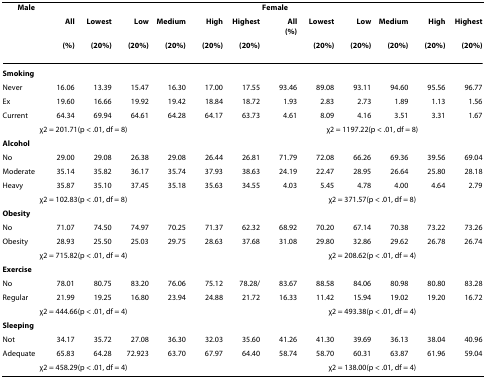
<table><thead><tr><td colspan="7"><b> Male</b></td><td colspan="6"><b>Female</b></td></tr><tr><td></td><td><b>All</b></td><td><b>Lowest</b></td><td><b>Low</b></td><td><b>Medium</b></td><td><b>High</b></td><td><b>Highest</b></td><td><b>All(%)</b></td><td><b>Lowest</b></td><td><b>Low</b></td><td><b>Medium</b></td><td><b>High</b></td><td><b>Highest</b></td></tr><tr><td></td><td><b>(%)</b></td><td><b>(20%)</b></td><td><b>(20%)</b></td><td><b>(20%)</b></td><td><b>(20%)</b></td><td><b>(20%)</b></td><td></td><td><b>(20%)</b></td><td><b>(20%)</b></td><td><b>(20%)</b></td><td><b>(20%)</b></td><td><b>(20%)</b></td></tr></thead><tbody><tr><td><b>Smoking</b></td><td></td><td></td><td></td><td></td><td></td><td></td><td></td><td></td><td></td><td></td><td></td><td></td></tr><tr><td>Never</td><td>16.06</td><td>13.39</td><td>15.47</td><td>16.30</td><td>17.00</td><td>17.55</td><td>93.46</td><td>89.08</td><td>93.11</td><td>94.60</td><td>95.56</td><td>96.77</td></tr><tr><td>Ex</td><td>19.60</td><td>16.66</td><td>19.92</td><td>19.42</td><td>18.84</td><td>18.72</td><td>1.93</td><td>2.83</td><td>2.73</td><td>1.89</td><td>1.13</td><td>1.56</td></tr><tr><td>Current</td><td>64.34</td><td>69.94</td><td>64.61</td><td>64.28</td><td>64.17</td><td>63.73</td><td>4.61</td><td>8.09</td><td>4.16</td><td>3.51</td><td>3.31</td><td>1.67</td></tr><tr><td></td><td colspan="6">χ2 = 201.71(p &lt; .01, df = 8)</td><td colspan="6">χ2 = 1197.22(p &lt; .01, df = 8)</td></tr><tr><td><b>Alcohol</b></td><td></td><td></td><td></td><td></td><td></td><td></td><td></td><td></td><td></td><td></td><td></td><td></td></tr><tr><td>No</td><td>29.00</td><td>29.08</td><td>26.38</td><td>29.08</td><td>26.44</td><td>26.81</td><td>71.79</td><td>72.08</td><td>66.26</td><td>69.36</td><td>39.56</td><td>69.04</td></tr><tr><td>Moderate</td><td>35.14</td><td>35.82</td><td>36.17</td><td>35.74</td><td>37.93</td><td>38.63</td><td>24.19</td><td>22.47</td><td>28.95</td><td>26.64</td><td>25.80</td><td>28.18</td></tr><tr><td>Heavy</td><td>35.87</td><td>35.10</td><td>37.45</td><td>35.18</td><td>35.63</td><td>34.55</td><td>4.03</td><td>5.45</td><td>4.78</td><td>4.00</td><td>4.64</td><td>2.79</td></tr><tr><td></td><td colspan="6">χ2 = 102.83(p &lt; .01, df = 8)</td><td colspan="6">χ2 = 371.57(p &lt; .01, df = 8)</td></tr><tr><td><b>Obesity</b></td><td></td><td></td><td></td><td></td><td></td><td></td><td></td><td></td><td></td><td></td><td></td><td></td></tr><tr><td>No</td><td>71.07</td><td>74.50</td><td>74.97</td><td>70.25</td><td>71.37</td><td>62.32</td><td>68.92</td><td>70.20</td><td>67.14</td><td>70.38</td><td>73.22</td><td>73.26</td></tr><tr><td>Obesity</td><td>28.93</td><td>25.50</td><td>25.03</td><td>29.75</td><td>28.63</td><td>37.68</td><td>31.08</td><td>29.80</td><td>32.86</td><td>29.62</td><td>26.78</td><td>26.74</td></tr><tr><td></td><td colspan="6">χ2 = 715.82(p &lt; .01, df = 4)</td><td colspan="6">χ2 = 208.62(p &lt; .01, df = 4)</td></tr><tr><td><b>Exercise</b></td><td></td><td></td><td></td><td></td><td></td><td></td><td></td><td></td><td></td><td></td><td></td><td></td></tr><tr><td>No</td><td>78.01</td><td>80.75</td><td>83.20</td><td>76.06</td><td>75.12</td><td>78.28/</td><td>83.67</td><td>88.58</td><td>84.06</td><td>80.98</td><td>80.80</td><td>83.28</td></tr><tr><td>Regular</td><td>21.99</td><td>19.25</td><td>16.80</td><td>23.94</td><td>24.88</td><td>21.72</td><td>16.33</td><td>11.42</td><td>15.94</td><td>19.02</td><td>19.20</td><td>16.72</td></tr><tr><td></td><td colspan="6">χ2 = 444.66(p &lt; .01, df = 4)</td><td colspan="6">χ2 = 493.38(p &lt; .01, df = 4)</td></tr><tr><td><b>Sleeping</b></td><td></td><td></td><td></td><td></td><td></td><td></td><td></td><td></td><td></td><td></td><td></td><td></td></tr><tr><td>Not</td><td>34.17</td><td>35.72</td><td>27.08</td><td>36.30</td><td>32.03</td><td>35.60</td><td>41.26</td><td>41.30</td><td>39.69</td><td>36.13</td><td>38.04</td><td>40.96</td></tr><tr><td>Adequate</td><td>65.83</td><td>64.28</td><td>72.923</td><td>63.70</td><td>67.97</td><td>64.40</td><td>58.74</td><td>58.70</td><td>60.31</td><td>63.87</td><td>61.96</td><td>59.04</td></tr><tr><td></td><td colspan="6">χ2 = 458.29(p &lt; .01, df = 4)</td><td colspan="6">χ2 = 138.00(p &lt; .01, df = 4)</td></tr></tbody></table>